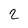
Character: 2